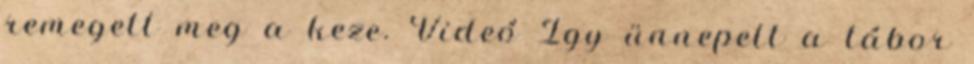
remegett meg a keze. Videó Így ünnepelt a tábor